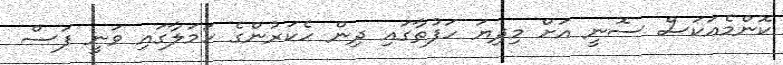
ކޮންމެއަކަސް ސޮނީ އަށް މިދިޔަ ހަފުތާގައި ދިން ހެކަރުންގެ ހަމަލާގައި ވަނީ ފަސް